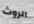
الروث